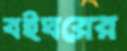
বইঘরের